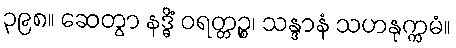
၃၉၈။ ဆေတွာ နဒ္ဓိံ ဝရတ္တဉ္စ၊ သန္ဒာနံ သဟနုက္ကမံ။